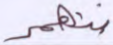
تنهر